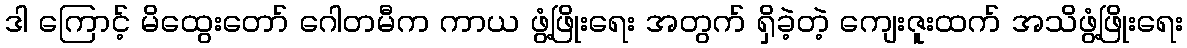
ဒါ ကြောင့် မိထွေးတော် ဂေါတမီက ကာယ ဖွံ့ဖြိုးရေး အတွက် ရှိခဲ့တဲ့ ကျေးဇူးထက် အသိဖွံ့ဖြိုးရေး